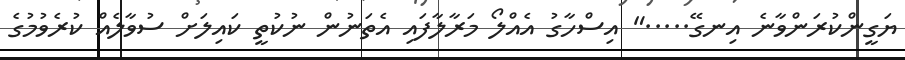
ޔަގީންކުރަންވާނެ އިނގޭ....." އިސްހާގު އެއްލޯ މަރާލާފައި އެތަނުން ނުކުތީ ކައިލަށް ސުވާލެއް ކުރެވުމުގެ